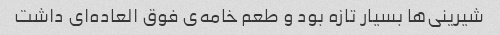
شیرینی‌ها بسیار تازه بود و طعم خامه‌ی فوق العاده‌ای داشت